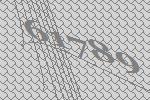
61789